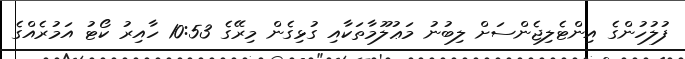
ފުލުހުންގެ އިންޓެލިޖެންސަށް ލިބުނު މަޢުލޫމާތަކާއި ގުޅިގެން މިރޭގެ 10:53 ހާއިރު ކޯޓު އަމުރެއްގެ